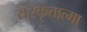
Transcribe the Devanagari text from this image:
संस्कृतात्मा